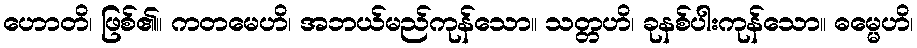
ဟောတိ၊ ဖြစ်၏။ ကတမေဟိ၊ အဘယ်မည်ကုန်သော။ သတ္တဟိ၊ ခုနစ်ပါးကုန်သော။ ဓမ္မေဟိ၊